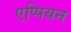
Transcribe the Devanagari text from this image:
एप्पियन